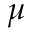
\mu